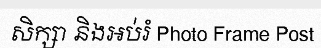
សិក្សា និងអប់រំ Photo Frame Post